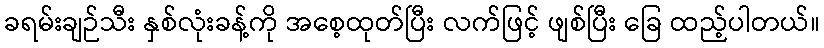
ခရမ်းချဉ်သီး နှစ်လုံးခန့်ကို အစေ့ထုတ်ပြီး လက်ဖြင့် ဖျစ်ပြီး ခြေ ထည့်ပါတယ်။